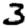
Digit: 3